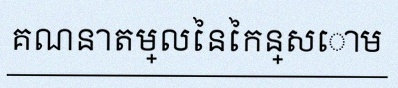
គណនាតម្លៃនៃកន្សោម